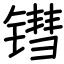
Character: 𬭬